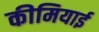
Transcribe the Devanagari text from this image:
कीमियाई